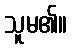
သူမ၏။